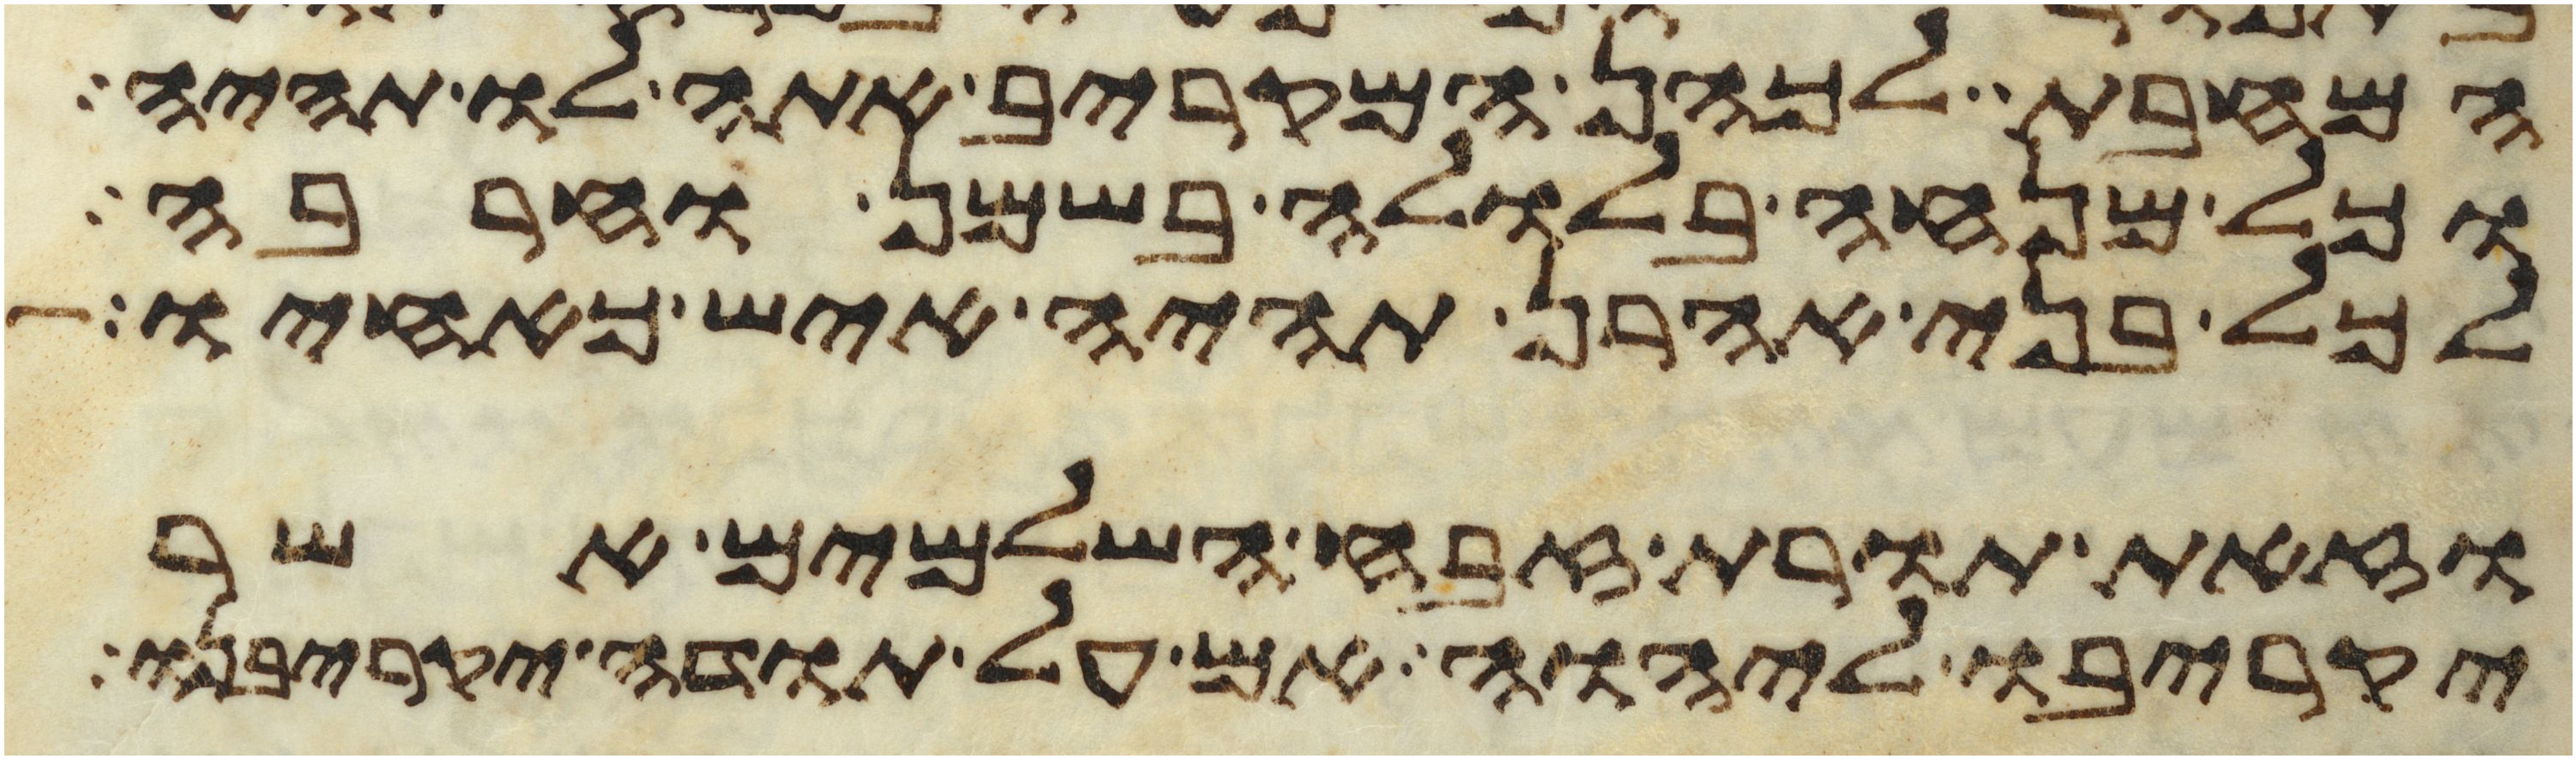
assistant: המחבת לכהן המקריב אתה לו תהיה
וכל מנחה בלולה בשמן וחרבה
לכל בני אהרן תהיה איש כאחיו
וזאת תורת זבח השלמים אשר
יקריבו ליהוה אם על תודה יקריבנו